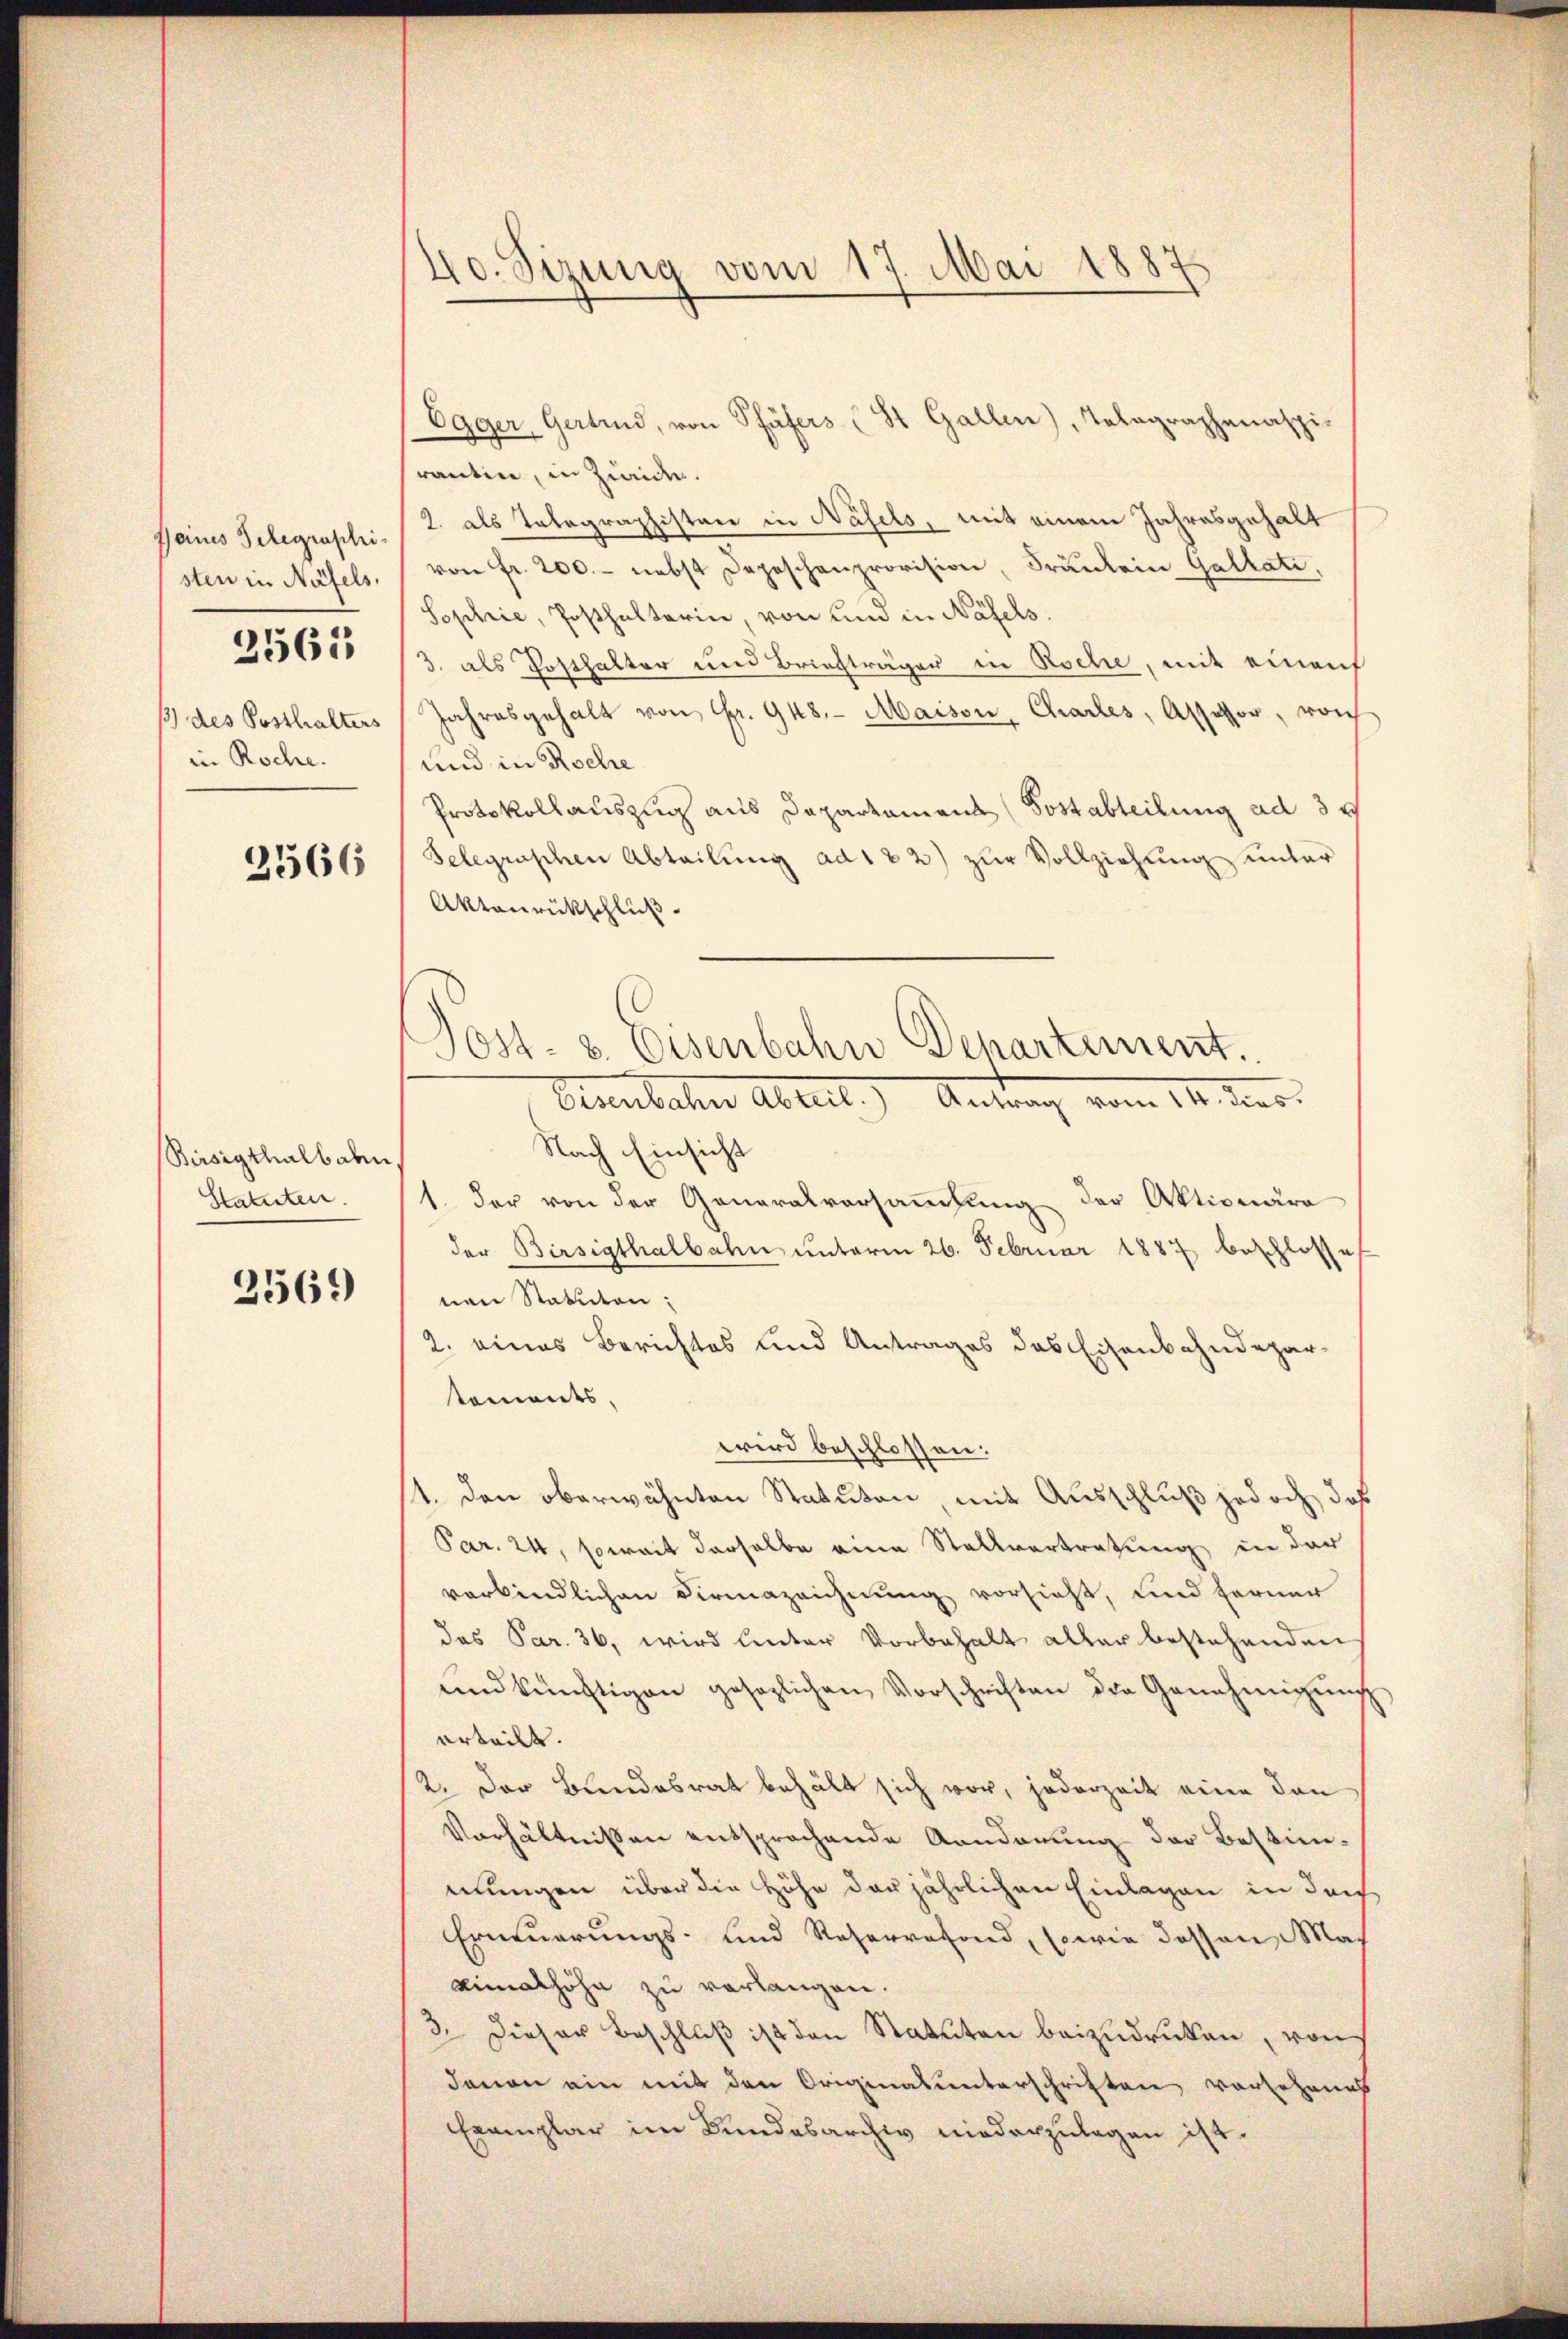
seines Telegraschisten in Näfels.
/3 des Posthalters
in Roche.

2561

2566

Birsigthalbaben,
Statuten.

2569)

40. Sizung vom 17. Mai 188

srantin, in Zweide.
2. als Telegraphisten in Näfels, mit einem Jahresgehalt
von fr. 200.- nebst Depeschenprovision, Frankein Gallati,
Sophie, Posthalterin, von und in Näfels.
3., als Posthalter und Briefträger in Roche, mit einauf
Jahresgehalt von Fr. 948. Maison, Charles, Assessor, von
und in Roche
Protokollauszug aus Departamens (Postabteilung ad 3.
Selegraschen Abteilung ad 182) zŭr Vollziehung unter
Aktanrückschluß
Osenbachen Abteil. Antrag vom 14. ds.
Nach Einsicht
1. Der von der Generalversammlung der Aktionaro
der Birsigthalbahn unterm 26. Februar 1887 beschlosse
nen Statuten:
2. eines Berichtes und Antrages das Eisenbahndepartaments,
wird beschlossen:
1. Den oberwähnten Statuten mit Ausschluß jedoch, daß
Par. 24, soweit derselbe eine Stellvertretung in der
verbindlichen Firmazeichnung vorsieht, und ferner
das Par. 36, wird unter Vorbehalt aller bestehenden
und künftigen gesezlichen Vorschriften die Genehmigŭng
erteilt.
2. Der Bundesrat behält sich vor, jederzeit eine dan
Verhältnissen entsprochende Aenderung der Bestimmungen über die Höhe derjährlichen Einlagen in doch
Erneuerungs- und Reservefond, sowie dessen Maximalhöhe zu verlangen.
3. Dieser Beschluß ist den Statuten beizudruken, von
davon ein mit den Originalunterschriften vorsehenes
Exemplar im Bundesarchiv niederzulagen ist.

Egger, Gertrud, von Pfäfers (St. Gallen), Tolagraphenaspi-

Joss. v. Eisenbahn Departement.